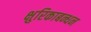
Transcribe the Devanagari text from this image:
क्षुरिकाबन्धन